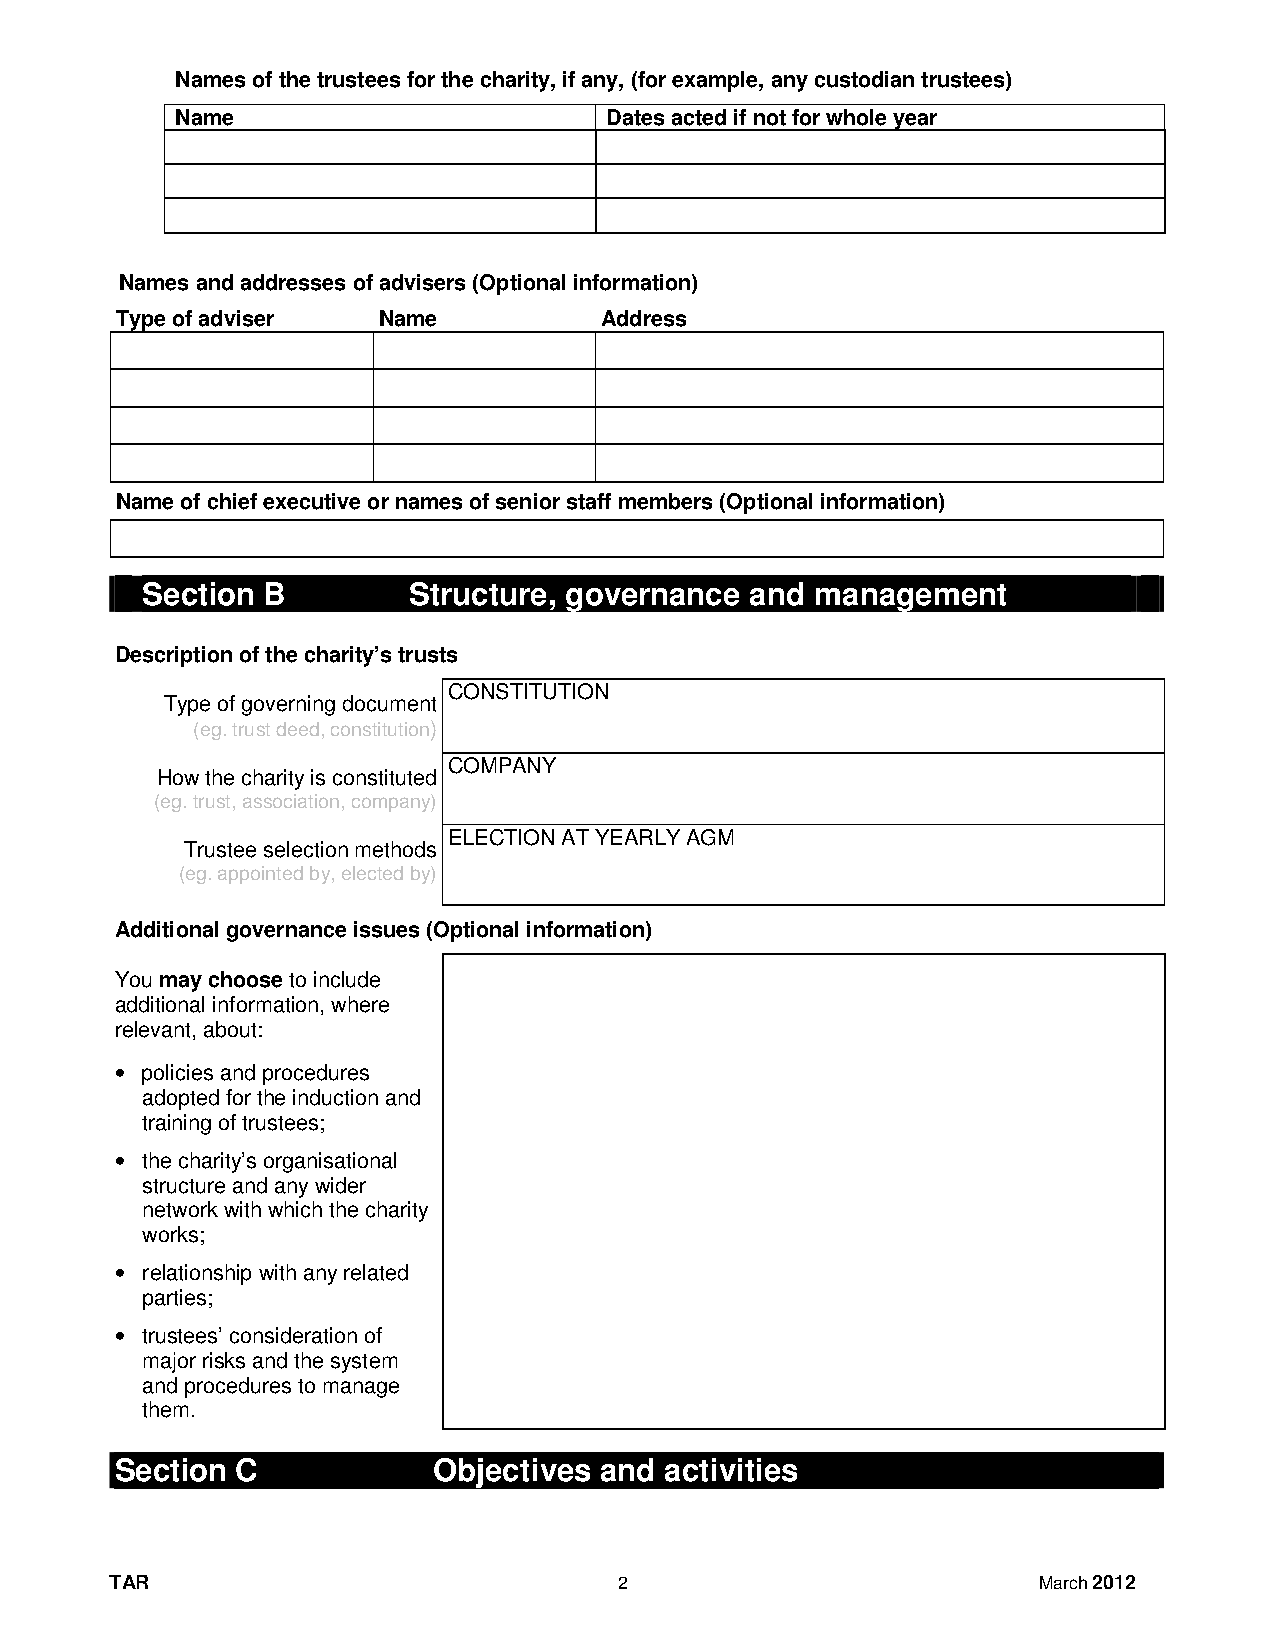
Names of the trustees for the charity, if any, (for example, any custodian trustees)
 Name                        Dates acted if not for whole year
 Names and addresses of advisers (Optional information)
 Type of adviser  Name           Address
 Name of chief executive or names of senior staff members (Optional information)
 Section B         Structure, governance  and management
 Description of the charity’s trusts
 CONSTITUTION
 Type of governing document
 (eg. trust deed, constitution)
 COMPANY
 How the charity is constituted
 (eg. trust, association, company)
 ELECTION AT YEARLY AGM
 Trustee selection methods
 (eg. appointed by, elected by)
 Additional governance issues (Optional information)
 You may choose to include
 additional information, where
 relevant, about:
 • policies and procedures
 adopted for the induction and
 training of trustees;
 • the charity’s organisational
 structure and any wider
 network with which the charity
 works;
 • relationship with any related
 parties;
 • trustees’ consideration of
 major risks and the system
 and procedures to manage
 them.
 Section C            Objectives and activities
 TAR                               2                           March 2012